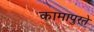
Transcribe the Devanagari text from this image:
कामापुरते